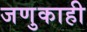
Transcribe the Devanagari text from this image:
जणुकाही